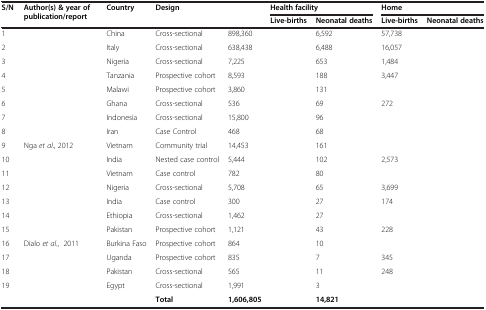
<table><thead><tr><td rowspan="2"><b>S/N</b></td><td rowspan="2"><b>Author(s) &amp; year of publication/report</b></td><td rowspan="2"><b>Country</b></td><td rowspan="2"><b>Design</b></td><td rowspan="2">[EMPTY_CELL]</td><td colspan="2"><b>Health facility</b></td><td colspan="2"><b>Home</b></td></tr><tr><td><b>Live-births</b></td><td><b>Neonatal deaths</b></td><td><b>Live-births</b></td><td><b>Neonatal deaths</b></td></tr></thead><tbody><tr><td>1</td><td>[EMPTY_CELL]</td><td>China</td><td>Cross-sectional</td><td>898,360</td><td>[EMPTY_CELL]</td><td>6,592</td><td>57,738</td><td>[EMPTY_CELL]</td></tr><tr><td>2</td><td>[EMPTY_CELL]</td><td>Italy</td><td>Cross-sectional</td><td>638,438</td><td>[EMPTY_CELL]</td><td>6,488</td><td>16,057</td><td>[EMPTY_CELL]</td></tr><tr><td>3</td><td>[EMPTY_CELL]</td><td>Nigeria</td><td>Cross-sectional</td><td>7,225</td><td>[EMPTY_CELL]</td><td>653</td><td>1,484</td><td>[EMPTY_CELL]</td></tr><tr><td>4</td><td>[EMPTY_CELL]</td><td>Tanzania</td><td>Prospective cohort</td><td>8,593</td><td>[EMPTY_CELL]</td><td>188</td><td>3,447</td><td>[EMPTY_CELL]</td></tr><tr><td>5</td><td>[EMPTY_CELL]</td><td>Malawi</td><td>Prospective cohort</td><td>3,860</td><td>[EMPTY_CELL]</td><td>131</td><td>[EMPTY_CELL]</td><td>[EMPTY_CELL]</td></tr><tr><td>6</td><td>[EMPTY_CELL]</td><td>Ghana</td><td>Cross-sectional</td><td>536</td><td>[EMPTY_CELL]</td><td>69</td><td>272</td><td>[EMPTY_CELL]</td></tr><tr><td>7</td><td>[EMPTY_CELL]</td><td>Indonesia</td><td>Cross-sectional</td><td>15,800</td><td>[EMPTY_CELL]</td><td>96</td><td>[EMPTY_CELL]</td><td>[EMPTY_CELL]</td></tr><tr><td>8</td><td>[EMPTY_CELL]</td><td>Iran</td><td>Case Control</td><td>468</td><td>[EMPTY_CELL]</td><td>68</td><td>[EMPTY_CELL]</td><td>[EMPTY_CELL]</td></tr><tr><td>9</td><td>Nga <i>et al</i>., 2012</td><td>Vietnam</td><td>Community trial</td><td>14,453</td><td>[EMPTY_CELL]</td><td>161</td><td>[EMPTY_CELL]</td><td>[EMPTY_CELL]</td></tr><tr><td>10</td><td>[EMPTY_CELL]</td><td>India</td><td>Nested case control</td><td>5,444</td><td>[EMPTY_CELL]</td><td>102</td><td>2,573</td><td>[EMPTY_CELL]</td></tr><tr><td>11</td><td>[EMPTY_CELL]</td><td>Vietnam</td><td>Case control</td><td>782</td><td>[EMPTY_CELL]</td><td>80</td><td>[EMPTY_CELL]</td><td>[EMPTY_CELL]</td></tr><tr><td>12</td><td>[EMPTY_CELL]</td><td>Nigeria</td><td>Cross-sectional</td><td>5,708</td><td>[EMPTY_CELL]</td><td>65</td><td>3,699</td><td>[EMPTY_CELL]</td></tr><tr><td>13</td><td>[EMPTY_CELL]</td><td>India</td><td>Case control</td><td>300</td><td>[EMPTY_CELL]</td><td>27</td><td>174</td><td>[EMPTY_CELL]</td></tr><tr><td>14</td><td>[EMPTY_CELL]</td><td>Ethiopia</td><td>Cross-sectional</td><td>1,462</td><td>[EMPTY_CELL]</td><td>27</td><td>[EMPTY_CELL]</td><td>[EMPTY_CELL]</td></tr><tr><td>15</td><td>[EMPTY_CELL]</td><td>Pakistan</td><td>Prospective cohort</td><td>1,121</td><td>[EMPTY_CELL]</td><td>43</td><td>228</td><td>[EMPTY_CELL]</td></tr><tr><td>16</td><td>Dialo <i>et al</i>., 2011</td><td>Burkina Faso</td><td>Prospective cohort</td><td>864</td><td>[EMPTY_CELL]</td><td>10</td><td>[EMPTY_CELL]</td><td>[EMPTY_CELL]</td></tr><tr><td>17</td><td>[EMPTY_CELL]</td><td>Uganda</td><td>Prospective cohort</td><td>835</td><td>[EMPTY_CELL]</td><td>7</td><td>345</td><td>[EMPTY_CELL]</td></tr><tr><td>18</td><td>[EMPTY_CELL]</td><td>Pakistan</td><td>Cross-sectional</td><td>565</td><td>[EMPTY_CELL]</td><td>11</td><td>248</td><td>[EMPTY_CELL]</td></tr><tr><td>19</td><td>[EMPTY_CELL]</td><td>Egypt</td><td>Cross-sectional</td><td>1,991</td><td>[EMPTY_CELL]</td><td>3</td><td>[EMPTY_CELL]</td><td>[EMPTY_CELL]</td></tr><tr><td>[EMPTY_CELL]</td><td>[EMPTY_CELL]</td><td>[EMPTY_CELL]</td><td><b>Total</b></td><td><b>1,606,805</b></td><td>[EMPTY_CELL]</td><td><b>14,821</b></td><td>[EMPTY_CELL]</td><td>[EMPTY_CELL]</td></tr></tbody></table>